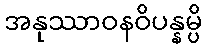
အနုဿာဝနဝိပန္နမ္ပိ